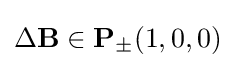
\Delta \mathbf {B} \in \mathbf {P} _{\pm }(1,0,0)